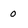
Character: o